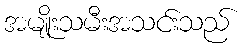
အမျိုးသမီးအသင်းသည်